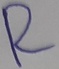
Text: R